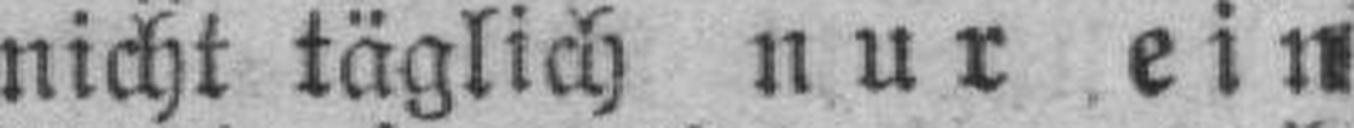
nicht täglich nur ein